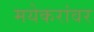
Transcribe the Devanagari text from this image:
मयेकरांवर